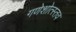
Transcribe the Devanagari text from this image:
गणेशोत्स्तव